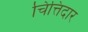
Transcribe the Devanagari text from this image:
चित्तिदार